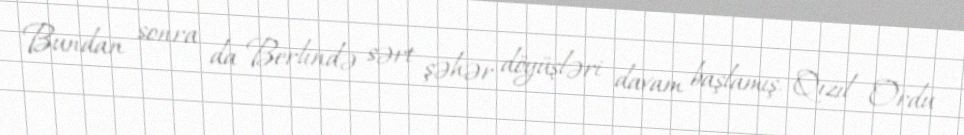
Bundan sonra da Berlində sərt şəhər döyüşləri davam başlamış, Qızıl Ordu